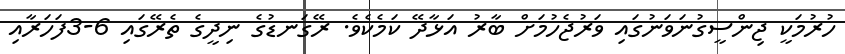
ހުރުމަކީ ޖިންސީގުނަވަނުގައި ވަރުޖެހުމަށް ބާރު އަޅާދޭ ކަމެކެވެ. ރޭގަނޑުގެ ނިދީގެ ތެރޭގައި 6-3ފަހަރާއި